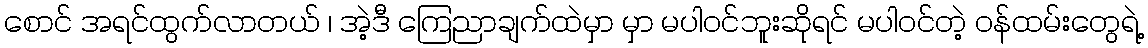
စောင် အရင်ထွက်လာတယ် ၊ အဲ့ဒီ ကြေညာချက်ထဲမှာ မှာ မပါဝင်ဘူးဆိုရင် မပါဝင်တဲ့ ဝန်ထမ်းတွေရဲ့